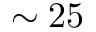
\sim { 2 5 }